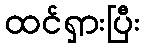
ထင်ရှားပြီး